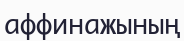
аффинажының